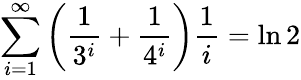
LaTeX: \sum_{i=1}^{\infty}\left({\frac{1}{3^{i}}}+{\frac{1}{4^{i}}}\right){\frac{1}{i}}=\ln 2